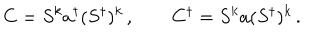
C = S ^ { k } a ^ { \dagger } ( S ^ { \dagger } ) ^ { k } \, , \qquad C ^ { \dagger } = S ^ { k } a ( S ^ { \dagger } ) ^ { k } \, .